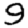
Digit: 9